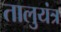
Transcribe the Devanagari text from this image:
तालुयंत्र